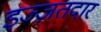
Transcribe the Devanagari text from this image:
इज्ज़तदार